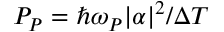
P _ { P } = \hbar \omega _ { P } | \alpha | ^ { 2 } / \Delta T